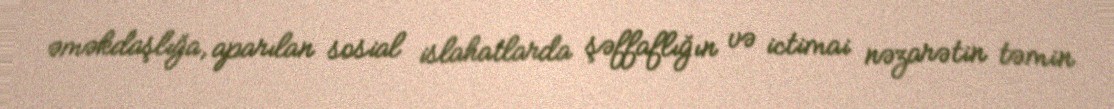
əməkdaşlığa, aparılan sosial islahatlarda şəffaflığın və ictimai nəzarətin təmin